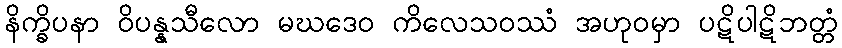
နိက္ခိပနာ ဝိပန္နသီလော မဃဒေဝ ကိလေသဝဿံ အဟုဝမှာ ပဋိပါဋိဘတ္တံ